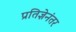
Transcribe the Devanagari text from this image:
प्रतिज्ञेनंतर